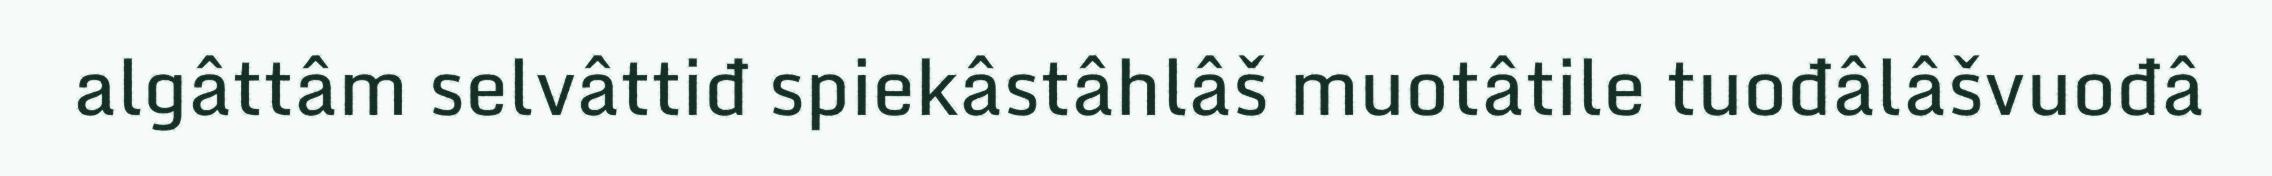
algâttâm selvâttiđ spiekâstâhlâš muotâtile tuođâlâšvuođâ